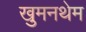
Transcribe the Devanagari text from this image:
खुमनथेम